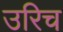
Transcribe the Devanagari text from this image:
उरिच